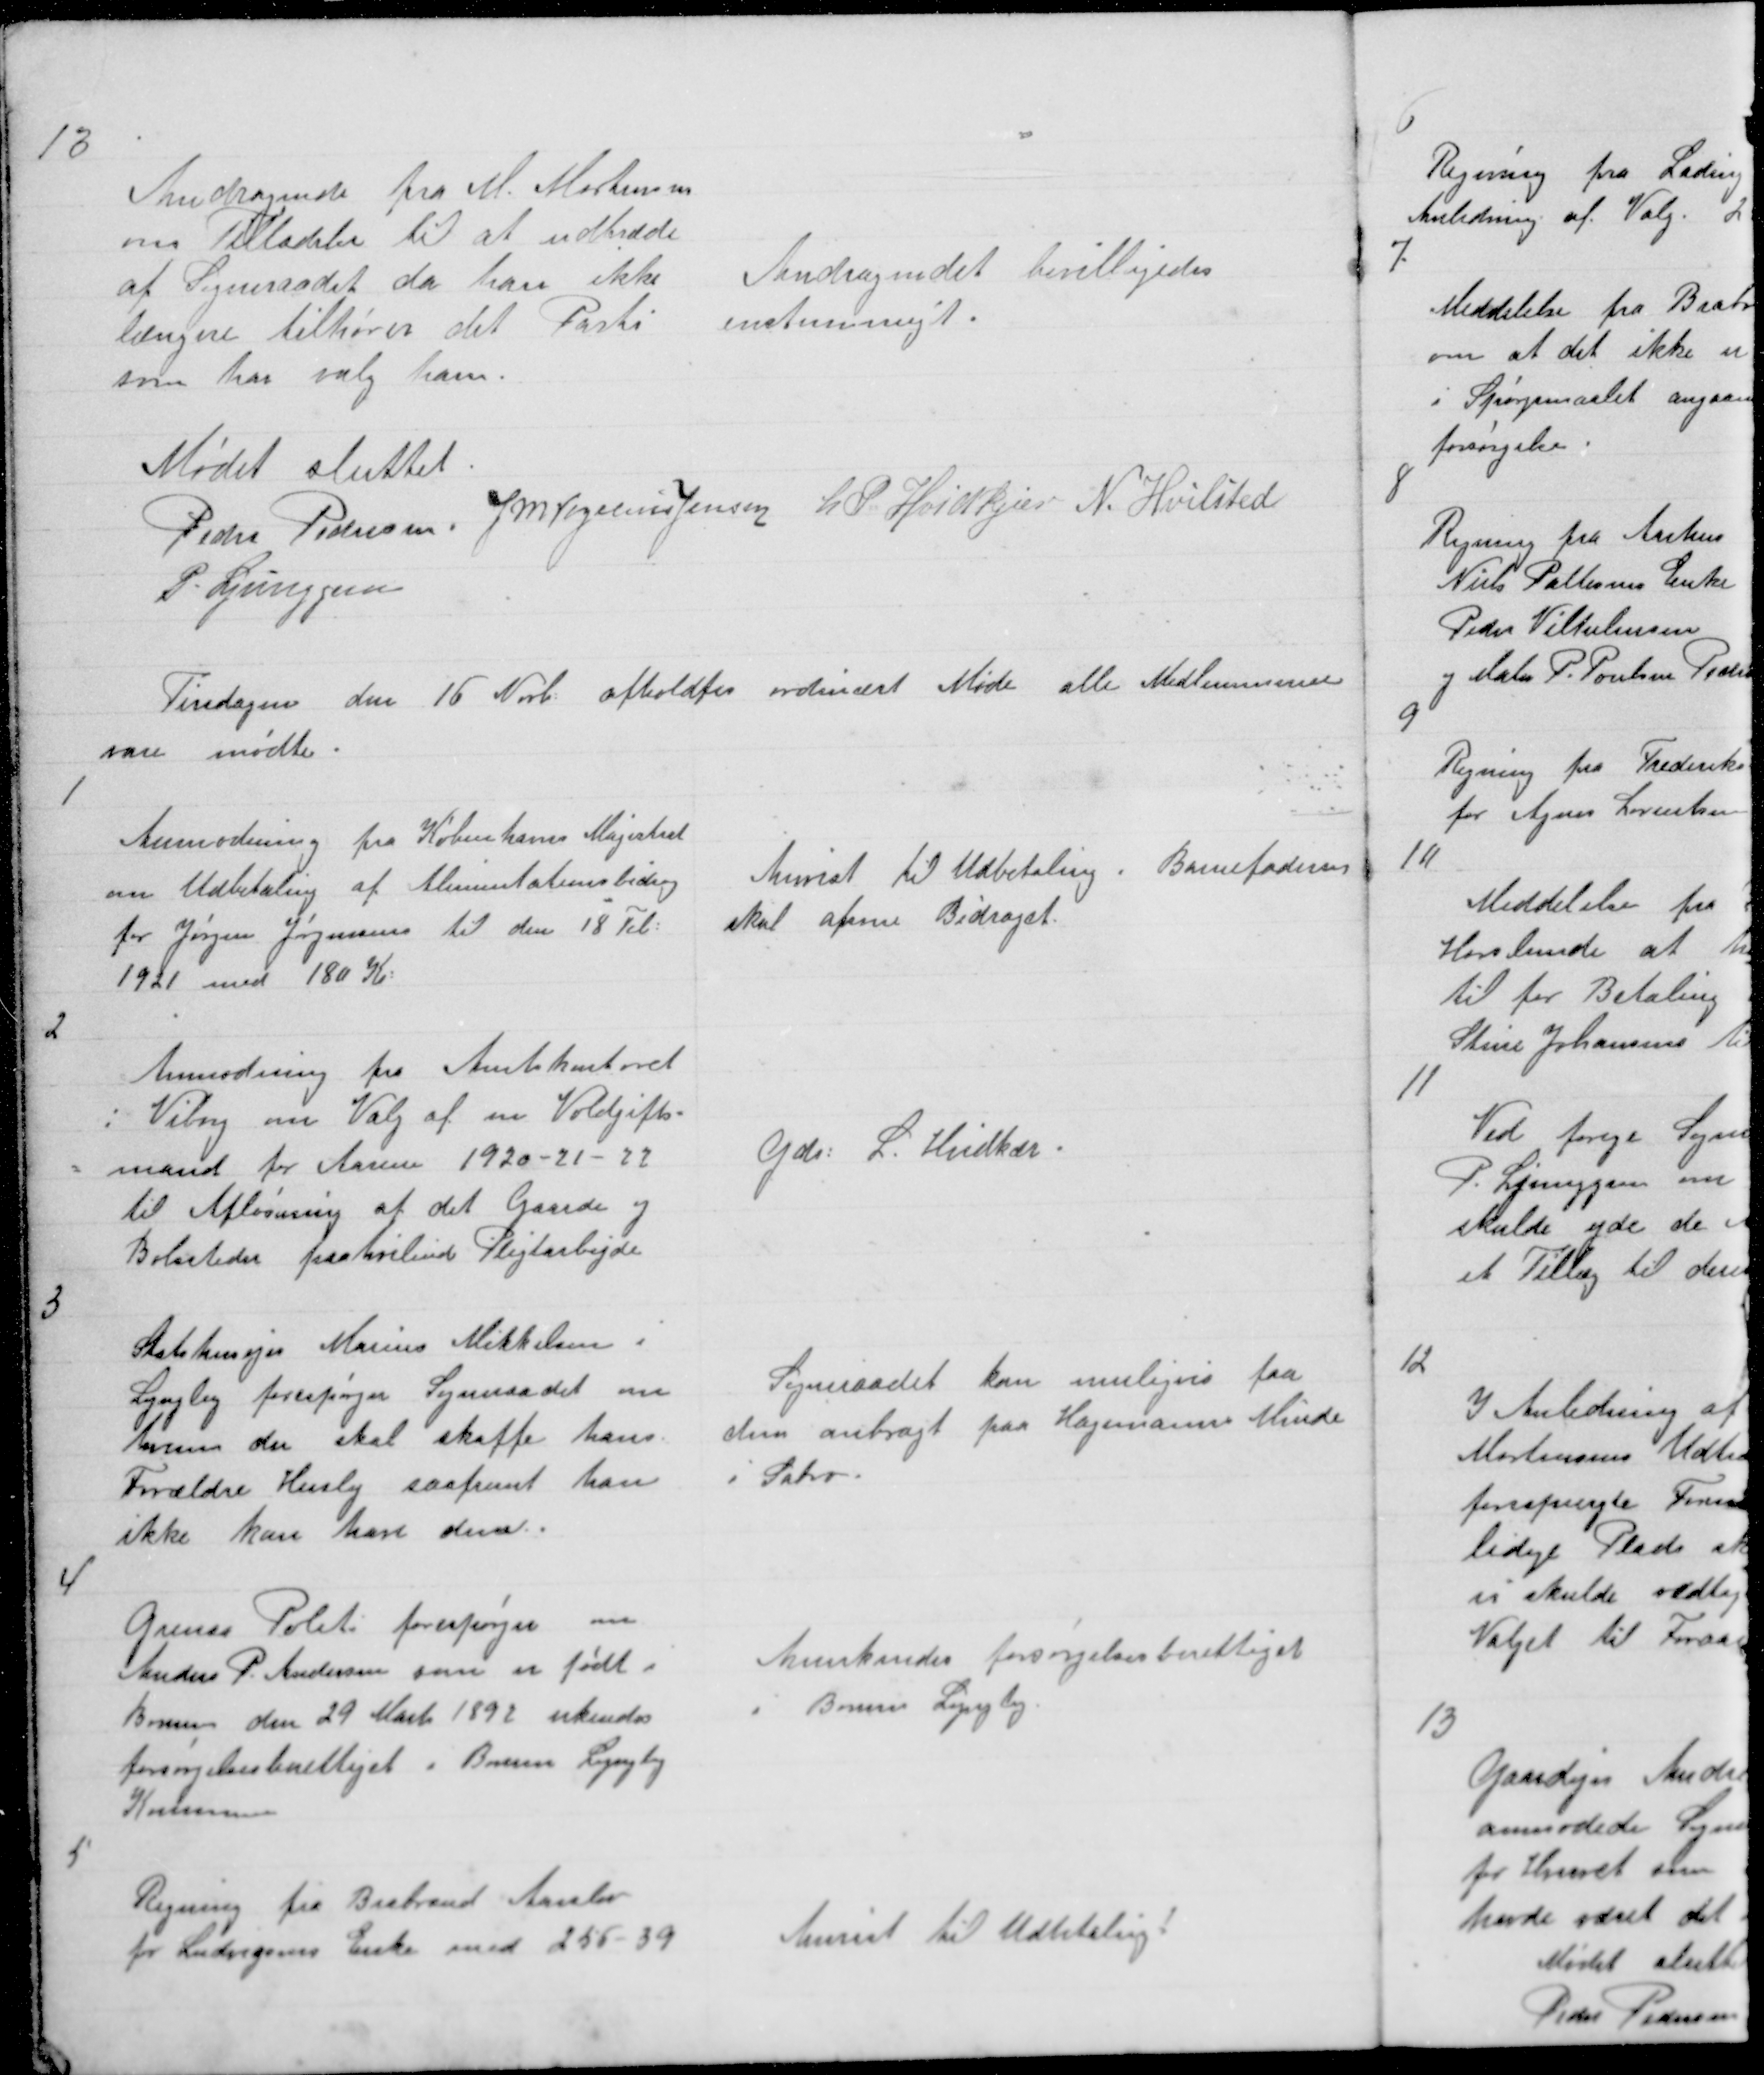
Transskription:
13

Andragende fra M. Mortensen
om Tilladelse til at udtræde
af Sogneraadet da han ikke
længere tilhører det Parti
som har valg ham.

Andragendet bevilligedes
enstemmigt.

Mødet sluttet.
Peder Pedersen J M Vogelius Jensen L P Hvidkjær N. Hvilsted
P. Ljunggren

Tirsdagen den 16 Novb: afholdtes ordinært Møde alle Medlemmerne
vare mødte.

1

Anmodning fra Københavns Magistrat
om Udbetaling af Alimentationsbidrag
for Jørgen Jørgensen til den 18 Feb:
1921 med 180 Kr:

Anvist til Udbetaling. Barnefaderen
skal afsone Bidraget.

2

Anmodning fra Amtskontoret
i Viby om Valg af en Voldgifts =
= Mand for Aarene 1920 - 21 - 22
til Afløsning af det Gaarde og
Bolsteder paahvilende Pligtarbejde

Gdr: L. Hvidkjær

3

Statshusejer Marius Mikkelsen
Lyngby forespørger Sogneraadet om
hvem der skal skaffe hans
Forældre Husly saafremt han
ikke kan have dem. .

Sogneraadet kan muligvis faa
dem anbragt paa Hagemanns Minde
i Sabro.

4

Grenaa Politi forespørger om
Anders P. Andersen som er født i
Borum den 29 Marts 1892 erkendes
forsørgelsesberettiget i Borum Lyngby
Kommune

Anerkendes forsørgelsesberettiget
i Borum Lyngby.

5

Regning fra Brabrand Aarslev
for Ludvigsens Enke med 255 - 39

Anvist til Udbetaling !